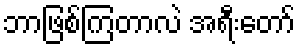
ဘာဖြစ်ကြတာလဲ အရီးတော်